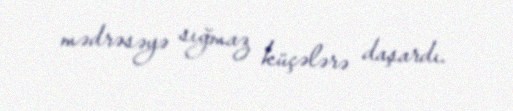
mədrəsəyə sığmaz küçələrə daşardı.